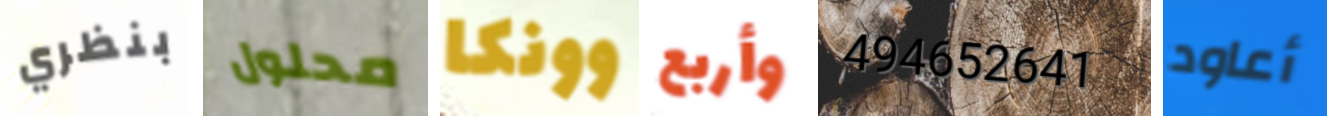
بنظري محلول وونكا وأربع 494652641 أعاود